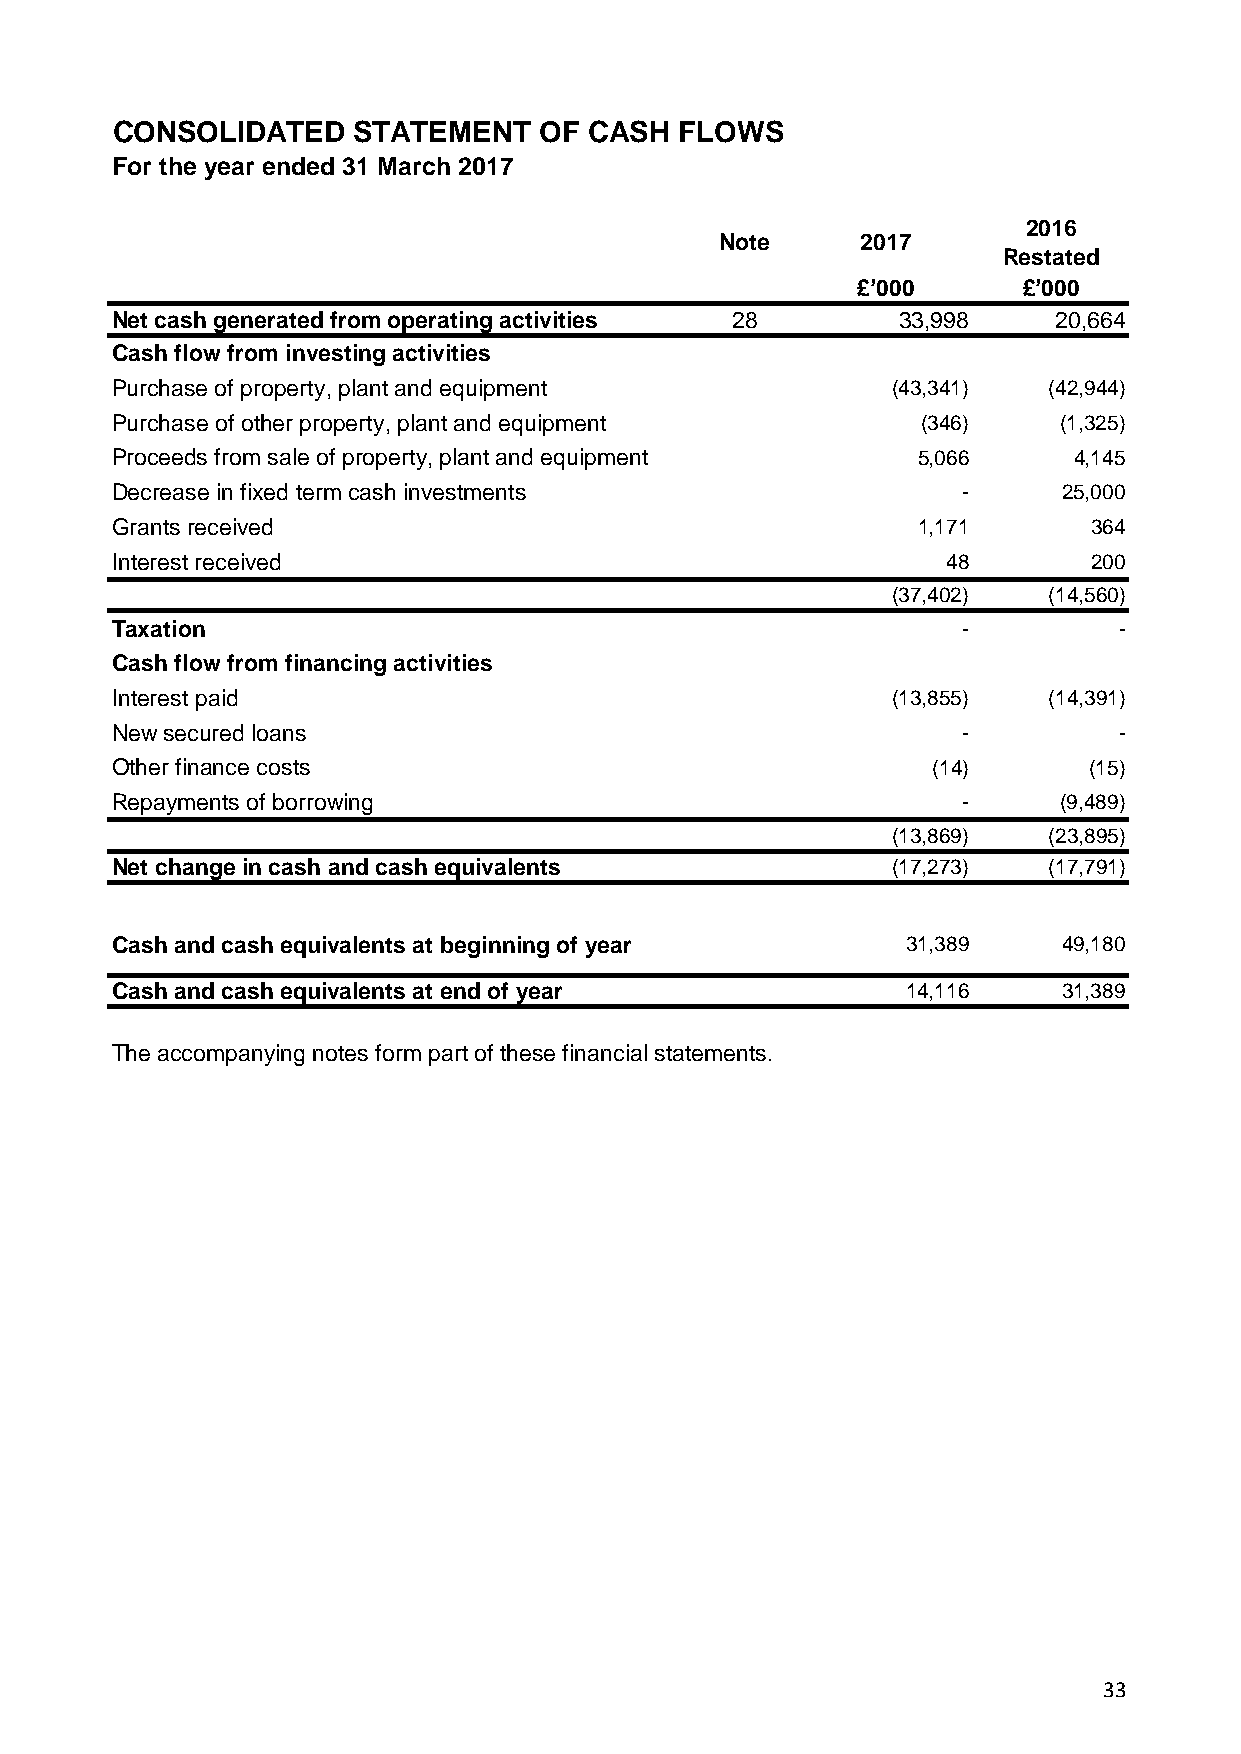
CONSOLIDATED    STATEMENT    OF CASH  FLOWS
 For the year ended 31 March 2017
 2016
 Note     2017
 Restated
 £’000      £’000
 Net cash generated from operating activities 28     33,998     20,664
 Cash flow from investing activities
 Purchase of property, plant and equipment           (43,341)  (42,944)
 Purchase of other property, plant and equipment       (346)    (1,325)
 Proceeds from sale of property, plant and equipment   5,066     4,145
 Decrease in fixed term cash investments                  -     25,000
 Grants received                                       1,171      364
 Interest received                                       48       200
 (37,402)  (14,560)
 Taxation                                                 -         -
 Cash flow from financing activities
 Interest paid                                       (13,855)  (14,391)
 New secured loans                                        -         -
 Other finance costs                                    (14)      (15)
 Repayments of borrowing                                  -     (9,489)
 (13,869)  (23,895)
 Net change in cash and cash equivalents             (17,273)  (17,791)
 Cash and cash equivalents at beginning of year       31,389    49,180
 Cash and cash equivalents at end of year             14,116    31,389
 The accompanying notes form part of these financial statements.
 33